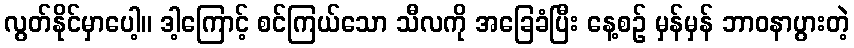
လွတ်နိုင်မှာပေါ့။ ဒါ့ကြောင့် စင်ကြယ်သော သီလကို အခြေခံပြီး နေ့စဉ် မှန်မှန် ဘာဝနာပွားတဲ့